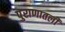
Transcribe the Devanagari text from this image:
पुराणातली